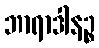
ဘာရာဒါနဉ္စ